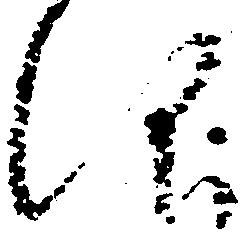
仰